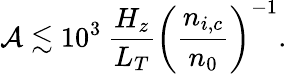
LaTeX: \mathcal{A}\lesssim 10^{3}\: \frac{H_{z}}{L_{T}}\left(\frac{n_{i,c}}{n_{0}}\right)^{-1}.